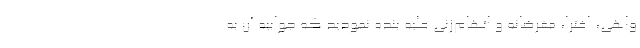
واهی، افترا، مغرضانه و اتهام‌زنی علیه بنده نمودید که جوابیه آن به